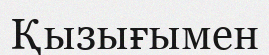
Қызығымен